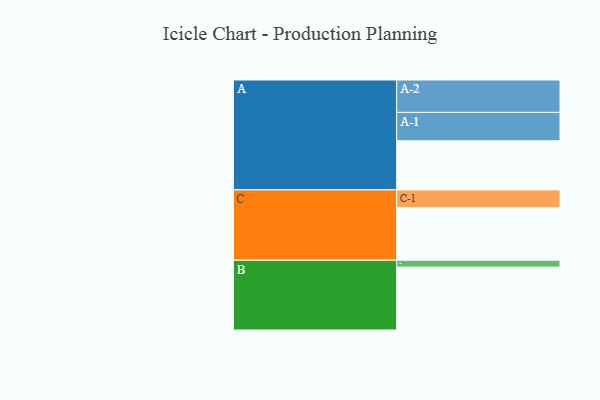
{"axis": {"x": "Segment", "y": "Value"}, "legend": ["", "A", "B", "C"], "data": [{"x": "A", "y": 408, "type": ""}, {"x": "B", "y": 522, "type": ""}, {"x": "C", "y": 438, "type": ""}, {"x": "A-1", "y": 236, "type": "A"}, {"x": "A-2", "y": 269, "type": "A"}, {"x": "B-1", "y": 58, "type": "B"}, {"x": "C-1", "y": 146, "type": "C"}]}